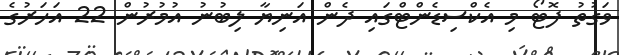
ވަގުތު ފޮޓޯ މި އެކްސިޑެންޓްގައި ދެން އަނިޔާ ލިބުނު އުމުރުން 22 އަހަރުގެ